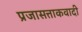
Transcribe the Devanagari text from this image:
प्रजासत्ताकवादी